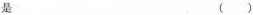
是 ()